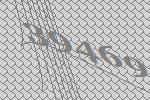
39469